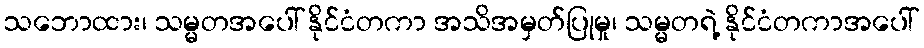
သဘောထား၊ သမ္မတအပေါ် နိုင်ငံတကာ အသိအမှတ်ပြုမှု၊ သမ္မတရဲ့ နိုင်ငံတကာအပေါ်